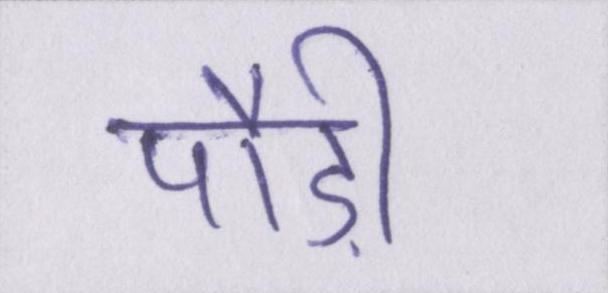
पौड़ी